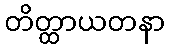
တိတ္ထာယတနာ